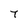
Character: 7